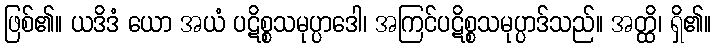
ဖြစ်၏။ ယဒိဒံ ယော အယံ ပဋိစ္စသမုပ္ပာဒေါ၊ အကြင်ပဋိစ္စသမုပ္ပာဒ်သည်။ အတ္ထိ၊ ရှိ၏။